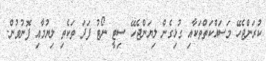
ކުރަންޖެހޭ މަސައްކަތްތަކާއި ގުޅިގެން ލިޔަންޖެހޭ ސިޓީ ނޯޓު ފަދަ ތަކެތި ލިޔުމާއި ފޮނުވުން.